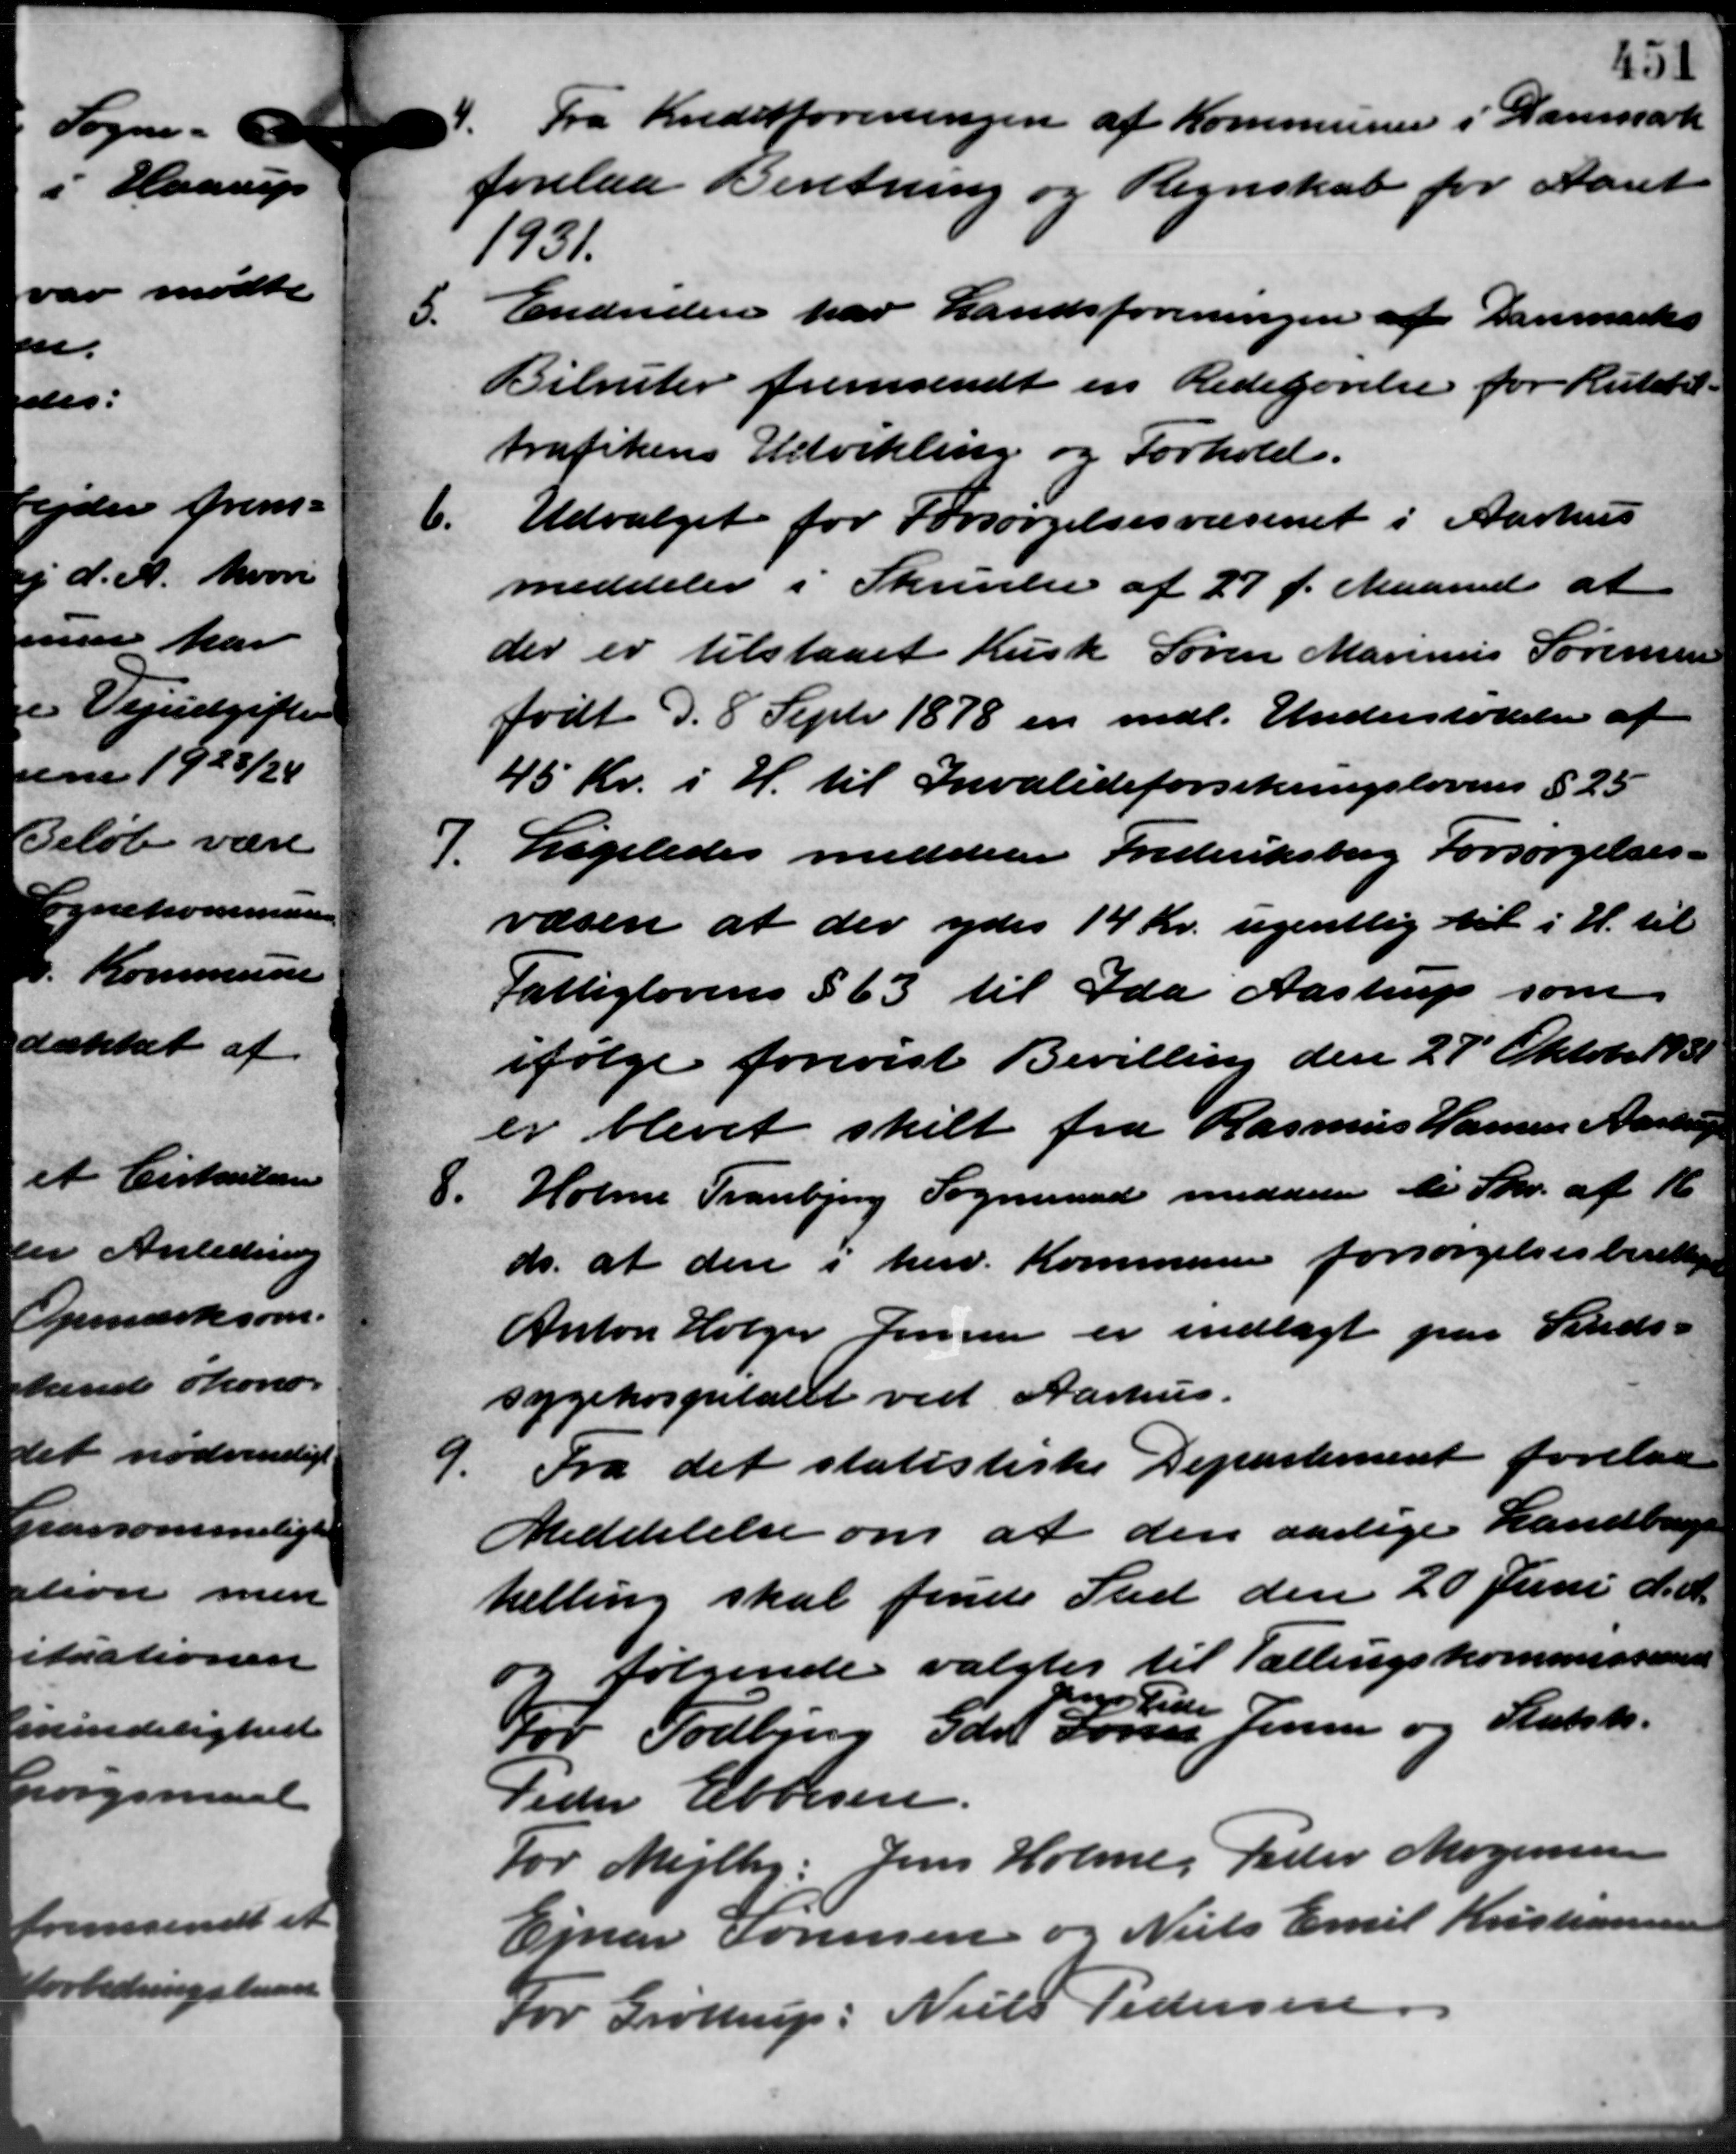
Transskription:
4. Fra Kreditforeningen af Kommunen i Danmark
4. Fra Kreditforeningen af Kommunen i Danmark
forelaa Beretning og Regnskab for Aaret
1931.
5.
Endvidere har Landsforeningen af Danmarks
Bilruter fremsendt en Redegørelse for Rutebil -
trafikens Udvikling og Forhold.
6.
Udvalget for Forsørgelsesvæsenet i Aarhus
meddeler i Skrivelse af 27 f. Maaned at
der er tilstaaet Kusk Søren Marinus Sørensen
født d. 8 Septr. 1878 er mdl. Understøttelse af
45 Kr. i H. til Invalideforsikringslovens § 25
7. Ligeledes meddeler Frederiksberg Forsørgelses –
7. Ligeledes meddeler Frederiksberg Forsørgelses –
væsen at der ydes 14 Kr. ugentlig til i H. til
Fattiglovens § 63 til Ida Aastrup som
ifølge forevist Bevilling den 27 Oktober 1931
er blevet skilt fra Rasmus Hansen Aarhus
8.
Holme Tranbjerg Sogneraad meddeler til Skr. af 16
ds. at den i herv. Kommunen forsørgelsesberettige
Anton Holger Jensen er indlagt paa Stads –
sygehospitalet ved Aarhus.
9.
Fra det statistiske Departement forelaa
Meddelelse om at den aarlige Landbruge
tælling skal finde Sted den 20 Juni d. A.
og følgende valgtes til Tællingskommissærente
For Todbjerg Gdr. Søren Jensen og Statsk.
Jen Tide
Peder Ebbesen -
For Mejlby: Jens Holme, Peter Mogensen
Ejnar Sørensen og Niels Emil Kristiansen
For Grøttrup: Niels Pedersen